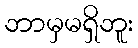
ဘာမှမရှိဘူး